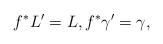
LaTeX: \begin{align*}f^*L'&=L,f^*\gamma'=\gamma,\end{align*}